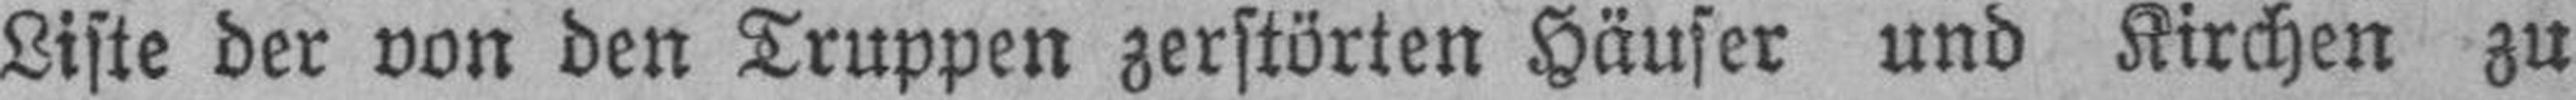
Liste der von den Truppen zerstörten Häuser und Kirchen zu